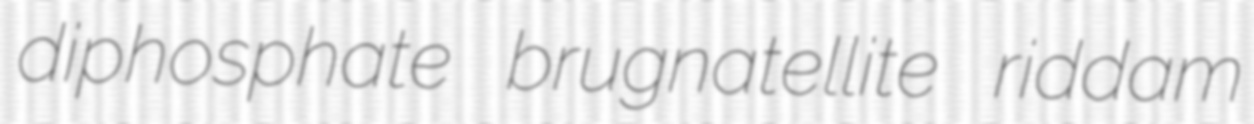
diphosphate brugnatellite riddam